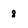
Character: 8